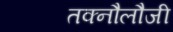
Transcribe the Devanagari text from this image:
तक्नौलौजी